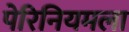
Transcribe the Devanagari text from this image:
पेरिनियमला